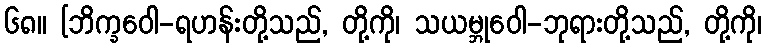
၆၈။ [ဘိက္ခဝေါ-ရဟန်းတို့သည်, တို့ကို၊ သယမ္ဘုဝေါ-ဘုရားတို့သည်, တို့ကို၊